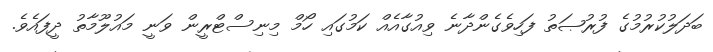
ބަދަލުކުރުމުގެ ފުރުޞަތު ފަހިވެގެންދާނެ ވިއުގާއެއް ކަމުގައި ހޯމް މިނިސްޓްރީން ވަނީ މައުލޫމާތު ދީފައެވެ.